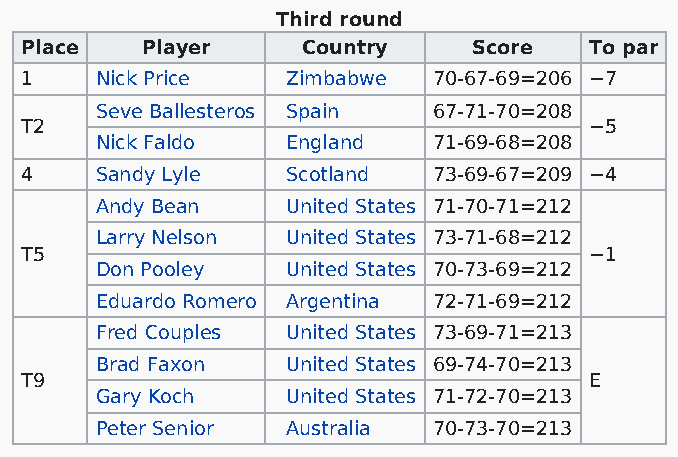
Third round
 Place   Player     Country    Score   To par
 1    Nick Price   Zimbabwe  70-67-69=206 −7
 Seve Ballesteros Spain 67-71-70=208
 T2                                    −5
 Nick Faldo   England   71-69-68=208
 4    Sandy Lyle   Scotland  73-69-67=209 −4
 Andy Bean    United States 71-70-71=212
 Larry Nelson United States 73-71-68=212
 T5                                    −1
 Don Pooley   United States 70-73-69=212
 Eduardo Romero Argentina 72-71-69=212
 Fred Couples United States 73-69-71=213
 Brad Faxon   United States 69-74-70=213
 T9                                    E
 Gary Koch    United States 71-72-70=213
 Peter Senior Australia 70-73-70=213